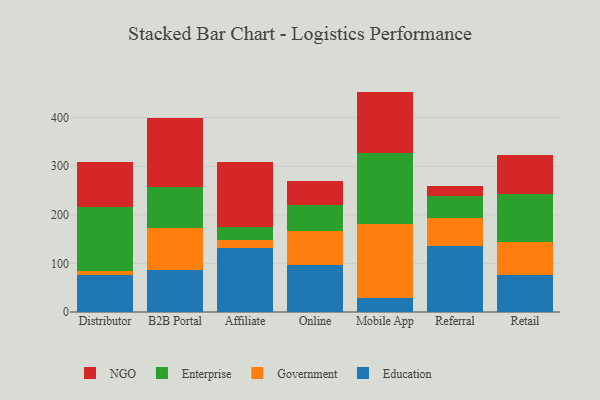
{"axis": {"x": "Channel", "y": "Satisfaction Score"}, "legend": ["Education", "Enterprise", "Government", "NGO"], "data": [{"x": "Distributor", "y": 76.9, "type": "Education"}, {"x": "Distributor", "y": 8.5, "type": "Government"}, {"x": "Distributor", "y": 130.0, "type": "Enterprise"}, {"x": "Distributor", "y": 93.3, "type": "NGO"}, {"x": "B2B Portal", "y": 87.2, "type": "Education"}, {"x": "B2B Portal", "y": 86.1, "type": "Government"}, {"x": "B2B Portal", "y": 84.5, "type": "Enterprise"}, {"x": "B2B Portal", "y": 142.0, "type": "NGO"}, {"x": "Affiliate", "y": 130.9, "type": "Education"}, {"x": "Affiliate", "y": 18.2, "type": "Government"}, {"x": "Affiliate", "y": 26.6, "type": "Enterprise"}, {"x": "Affiliate", "y": 133.3, "type": "NGO"}, {"x": "Online", "y": 96.6, "type": "Education"}, {"x": "Online", "y": 70.7, "type": "Government"}, {"x": "Online", "y": 52.6, "type": "Enterprise"}, {"x": "Online", "y": 49.5, "type": "NGO"}, {"x": "Mobile App", "y": 28.2, "type": "Education"}, {"x": "Mobile App", "y": 153.6, "type": "Government"}, {"x": "Mobile App", "y": 145.5, "type": "Enterprise"}, {"x": "Mobile App", "y": 126.2, "type": "NGO"}, {"x": "Referral", "y": 135.1, "type": "Education"}, {"x": "Referral", "y": 57.4, "type": "Government"}, {"x": "Referral", "y": 45.3, "type": "Enterprise"}, {"x": "Referral", "y": 20.5, "type": "NGO"}, {"x": "Retail", "y": 75.9, "type": "Education"}, {"x": "Retail", "y": 67.9, "type": "Government"}, {"x": "Retail", "y": 98.7, "type": "Enterprise"}, {"x": "Retail", "y": 80.6, "type": "NGO"}]}